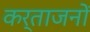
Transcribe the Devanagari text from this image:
कर्ताजनों